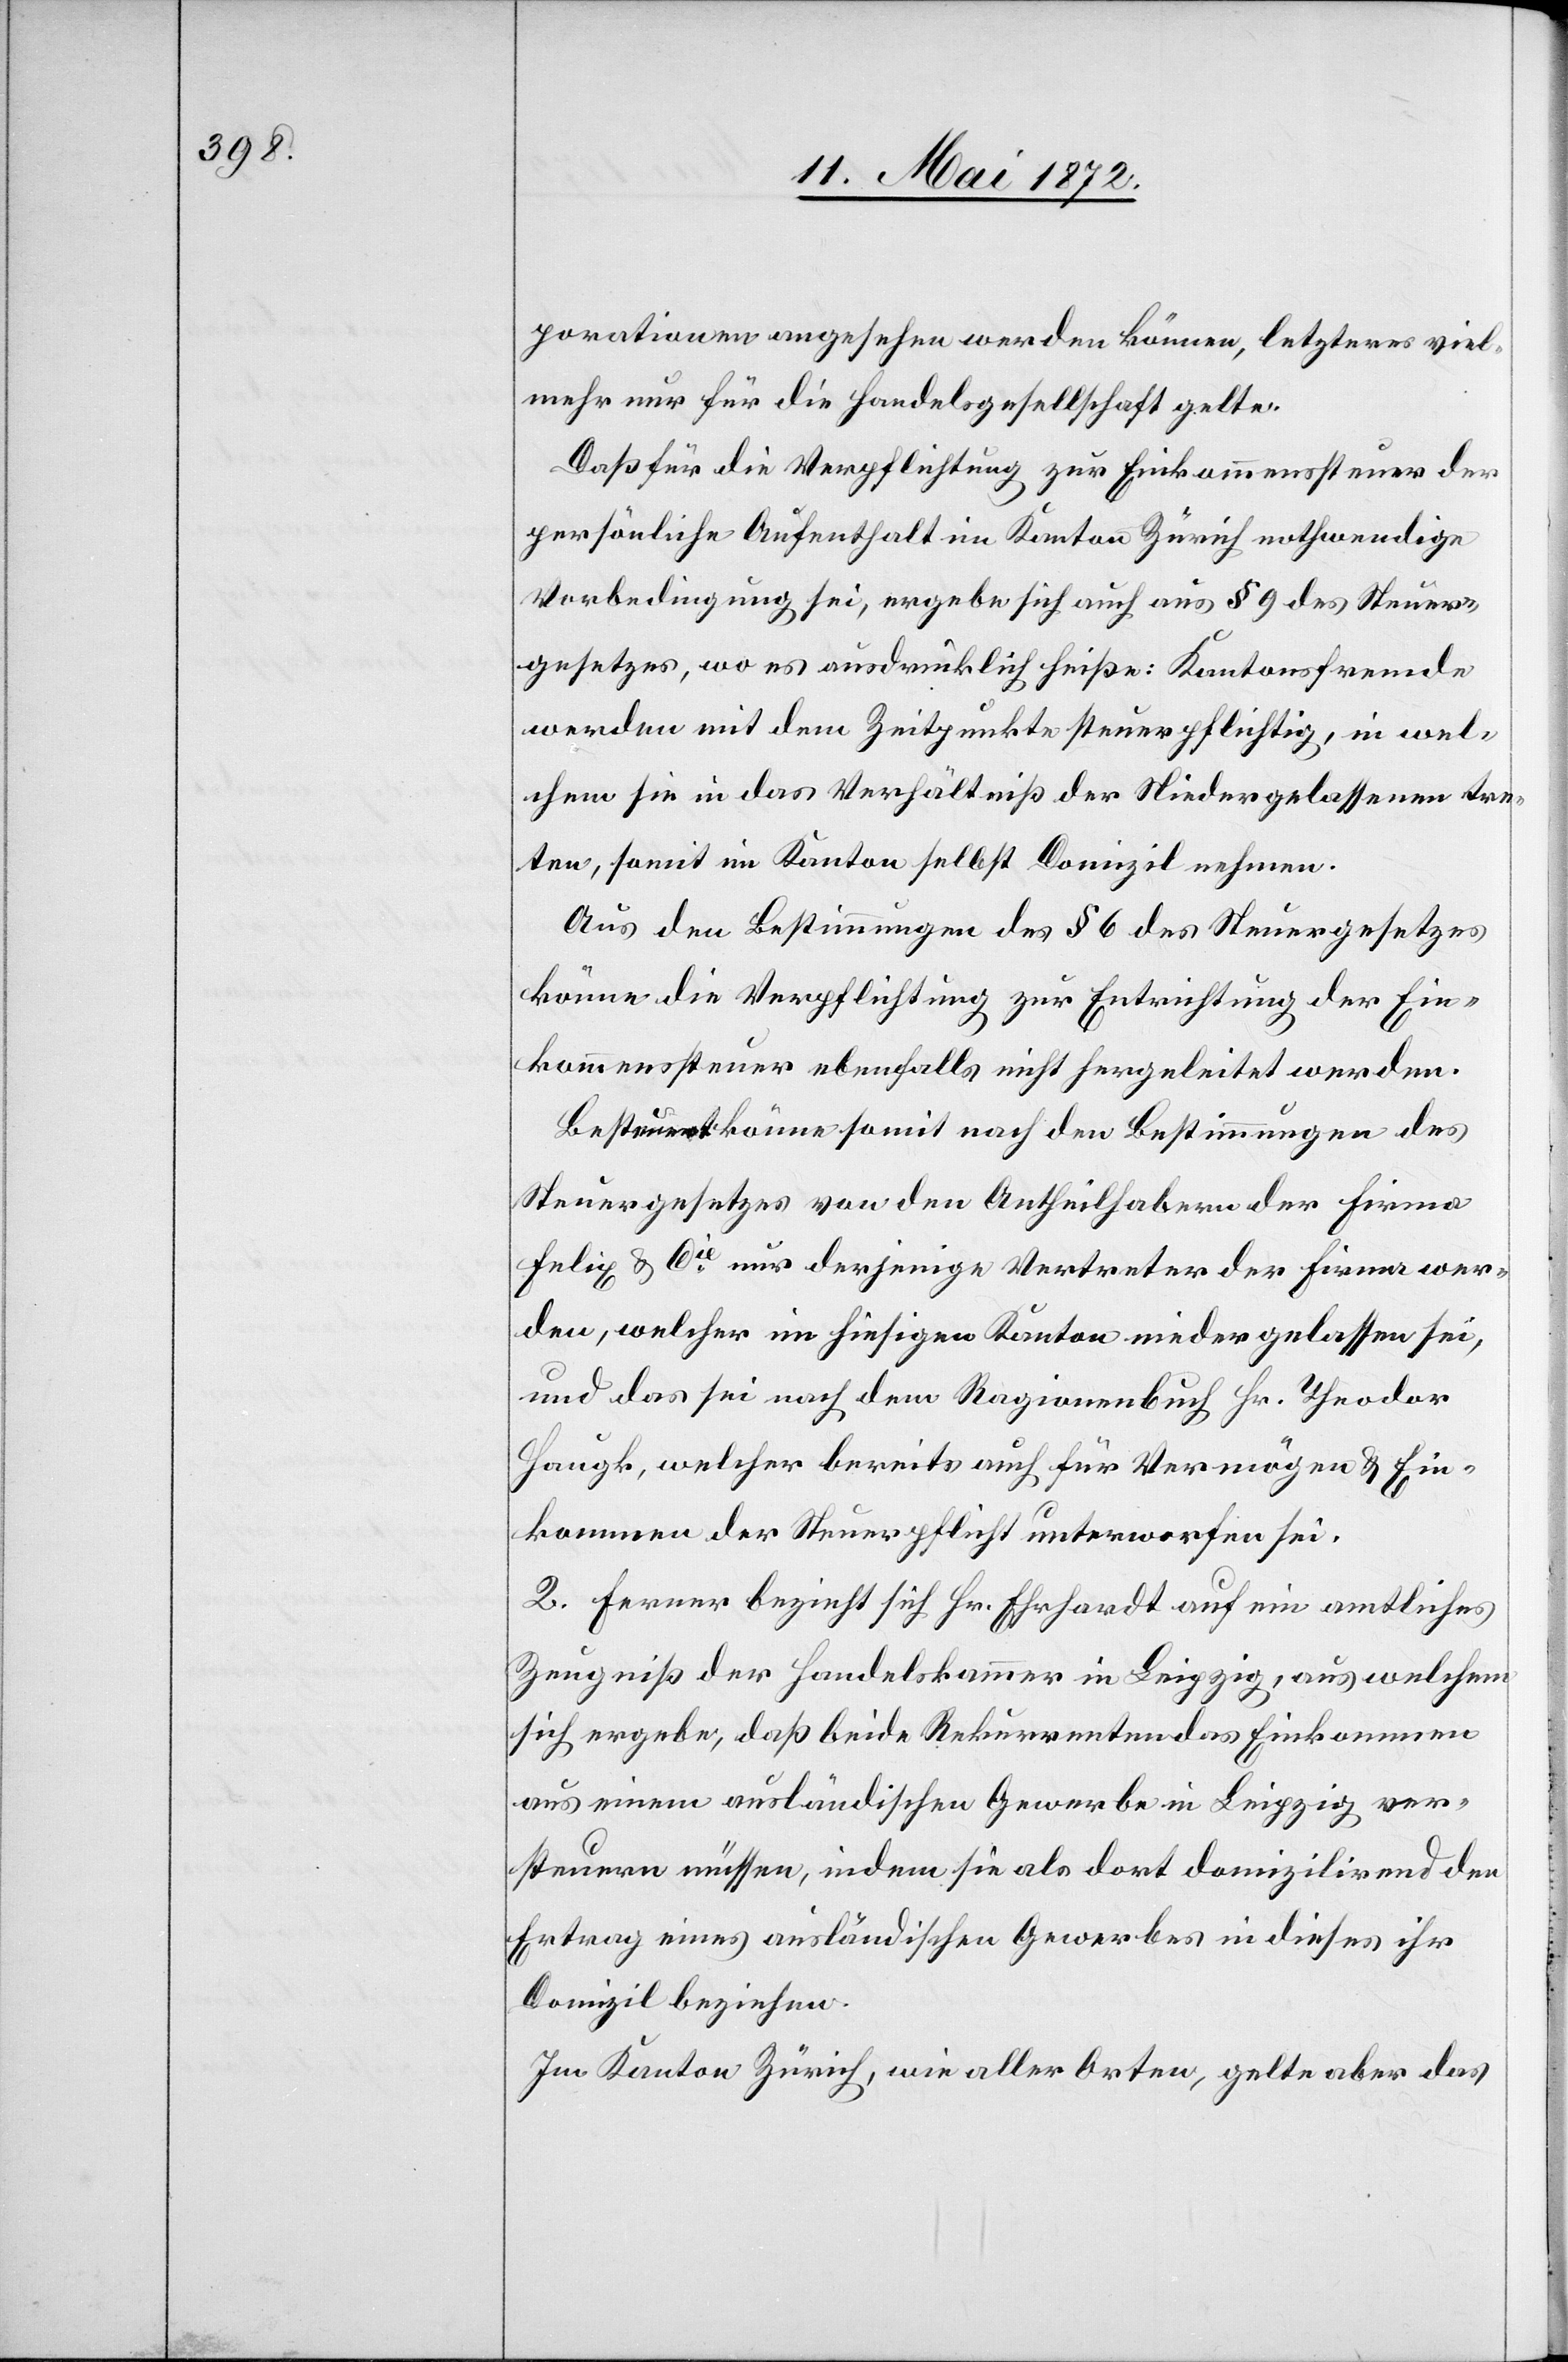
porationen angesehen werden können, letzteres viel¬
mehr nur für die Handelsgesellschaft gelte.
Daß für die Verpflichtung zur Einkommenssteuer der
persönliche Aufenthalt im Kanton Zürich nothwendige
Vorbedingung sei, ergebe sich auch aus § 9 des Steuer¬
gesetzes, wo es ausdrücklich heiße: Kantonsfremde
werden mit dem Zeitpunkte steuerpflichtig, in wel¬
chem sie in das Verhältniß der Niedergelassenen tre¬
ten, somit im Kanton selbst Domizil nehmen.
Aus den Bestimmungen des § 6 des Steuergesetzes
könne die Verpflichtung zur Entrichtung der Ein¬
kommenssteuer ebenfalls nicht hergeleitet werden.
Besteuert könne somit nach den Bestimmungen des
Steuergesetzes von den Antheilhabern der Firma
Felix u. Cie nur derjenige Vertreter der Firma wer¬
den, welcher im hiesigen Kanton niedergelassen sei,
und das sei nach dem Ragionenbuch Hr. Theodor
Haugk, welcher bereits auch für Vermögen u. Ein¬
kommen der Steuerpflicht unterworfen sei.
2. Ferner bezieht sich Hr. Ehrhardt auf ein amtliches
Zeugniß der Handelskammer in Leipzig, aus welchem
sich ergebe, daß beide Rekurrenten das Einkommen
aus einem ausländischen Gewerbe in Leipzig ver¬
steuern müssen, indem sie als dort domizilirend den
Ertrag eines ausländischen Gewerbes in dieses ihr
Domizil beziehen.
Im Kanton Zürich, wie aller Orten, gelte aber das